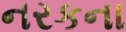
નરકના